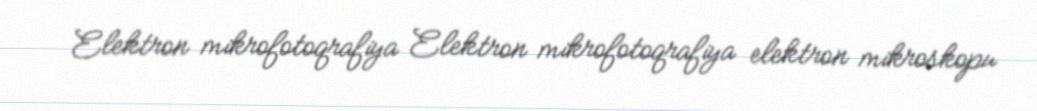
Elektron mikrofotoqrafiya Elektron mikrofotoqrafiya elektron mikroskopu